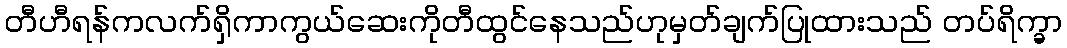
တီဟီရန်ကလက်ရှိကာကွယ်ဆေးကိုတီထွင်နေသည်ဟုမှတ်ချက်ပြုထားသည် တပ်ရိက္ခာ